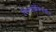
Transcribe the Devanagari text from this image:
दिनदर्शिकेमधील